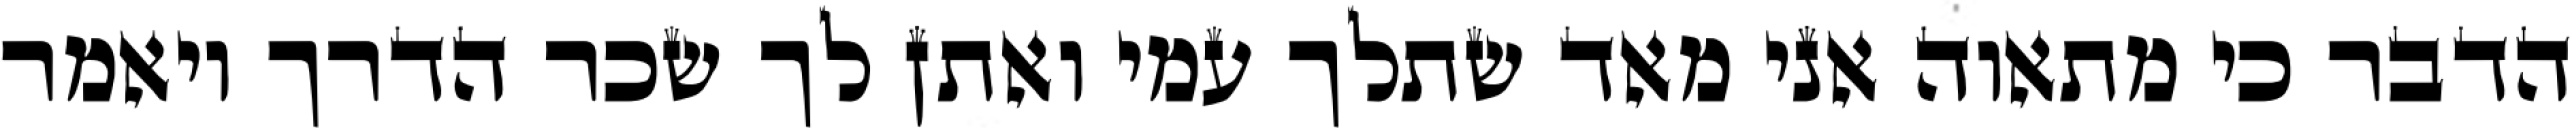
הדבר כי מתאוה אני מאד שתלך עמי ואתן לך שכר הדרך ויאמר